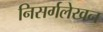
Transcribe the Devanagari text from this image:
निसर्गलेखन